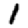
Digit: 1